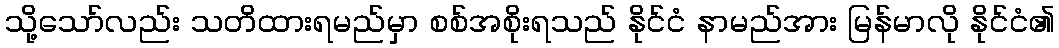
သို့သော်လည်း သတိထားရမည်မှာ စစ်အစိုးရသည် နိုင်ငံ နာမည်အား မြန်မာလို နိုင်ငံ၏